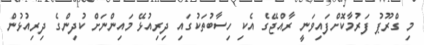
މި ގްރޫޕު ފަރުމާކޮށްފައިވަނީ ރާއްޖޭގެ އެކި ހިސާބުތަކުގައި ދިރިއުޅޭ މައިންނަށް ކުދިންގެ ދިރިއުޅުން